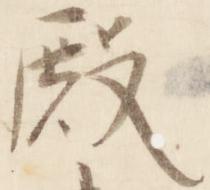
殿